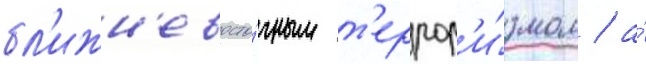
бл'ижн'евосто́чным т'еррор'и́змом / а́